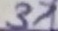
Text: 37